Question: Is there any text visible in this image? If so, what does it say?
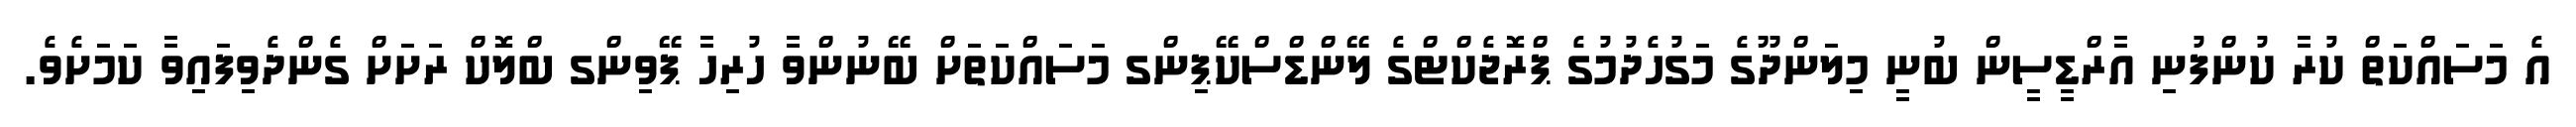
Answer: އެ މަސައްކަތް ކުރާ ކުންފުނި އާރްޑީސީން ބުނީ މިލަންދޫގެ މަގުހެދުމުގެ ޕްރޮޖެކްޓްގެ ލޭންޑްސްކޭޕިންގ މަސައްކަތަށް ބޭނުންވާ ހުރިހާ ޕޭވިންގ ބްލޮކް ރަށަށް ގެންދެވިފައިވާ ކަމަށެވެ.